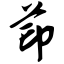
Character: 茚